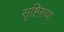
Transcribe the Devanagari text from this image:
सृष्टिरूपा